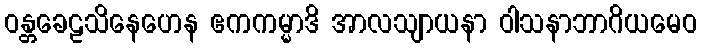
ဝန္တခေဠသိနေဟေန ဧကကမ္မာဒိ အာလသျာယနာ ဝါသနာဘာဂိယမေဝ